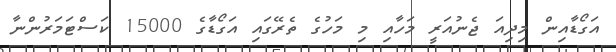
އަގޯޑާއިން މިދިއަ ޖެނުއަރީ މަހާއި މި މަހުގެ ތެރޭގައި އަގޯޑާގެ 15000 ކަސްޓަމަރުންނާ